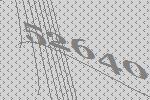
52640